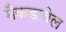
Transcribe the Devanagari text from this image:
मैकडावेल